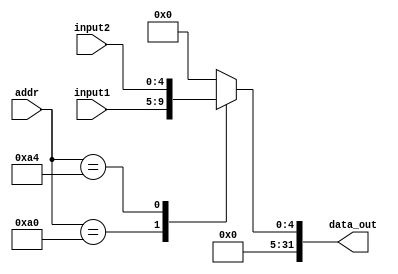
module input_control (addr, input1, input2, data_out);

   input [31:0] addr;
   input [4:0]  input1, input2;
   output [31:0] data_out;

   reg [4:0] input_data;
   
   assign data_out = { 27'b0, input_data }; // extend the input data

   always @(addr or input1 or input2) // reevaluate if these change
   begin
      case (addr)
         8'ha0: input_data <= input1;
         8'ha4: input_data <= input2;

         default: input_data <= 5'h0;
      endcase
   end

endmodule